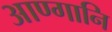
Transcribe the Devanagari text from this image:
आण्गानि